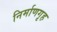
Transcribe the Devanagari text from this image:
निर्माणगृह